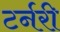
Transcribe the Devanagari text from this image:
टर्नरी